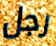
رجل